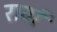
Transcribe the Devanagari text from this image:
रावां